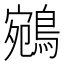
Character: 鵷